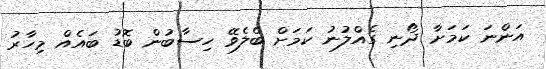
އަންނަ ކަމަށާ ދޯނި ގެއްލުނު ކަމަށް ބެލެވޭ ހިސާބުން ބޮޑު ބައެއް މިހާރު